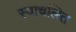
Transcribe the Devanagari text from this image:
स्वाचलित